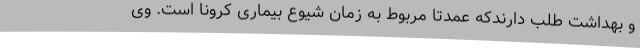
و بهداشت طلب دارندکه عمدتا مربوط به زمان شیوع بیماری کرونا است. وی